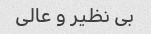
بی نظیر و عالی